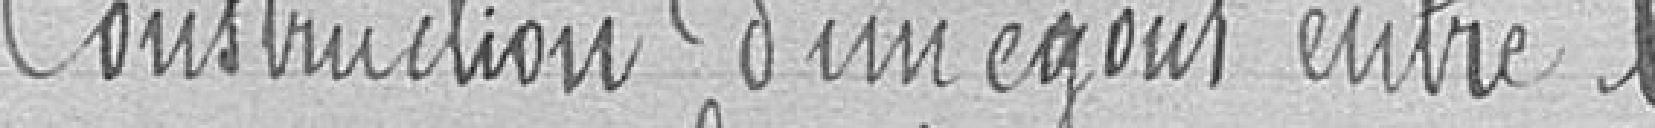
Construction d'un égout entre le